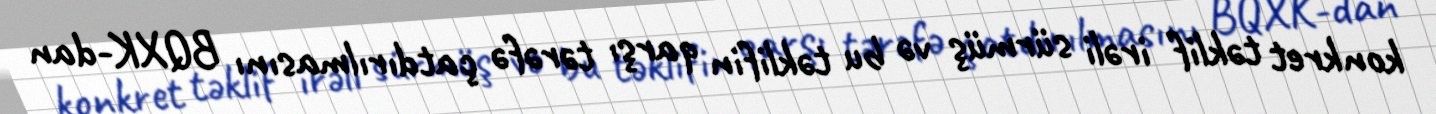
konkret təklif irəli sürmüş və bu təklifin qarşı tərəfə çatdırılmasını BQXK-dan